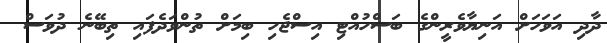
ދާދި އަވަހަށް އަނިޔާވެރީންގެ ބަސްހުއްޓި އިސްޖެހި ބިމަށް ތުންވަދެފައި ތިބޭނެ ދުވަސް